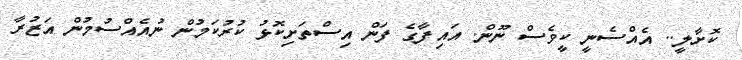
ކޮށާލީ.. އެއްސެނީ ކީވެސް ނޫން. އައިފާގެ ފަން އިސްތަށިކޮޅު ކުރުކަމުން ނުއެއްސުމުން އަޒުރާ